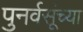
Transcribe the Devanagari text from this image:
पुनर्वसूंच्या